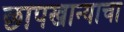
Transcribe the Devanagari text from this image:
छापखान्याचा